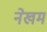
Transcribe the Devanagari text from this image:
नेखम